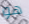
هو